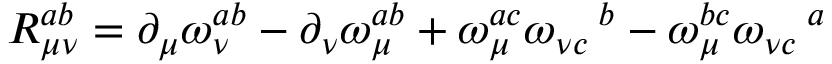
R _ { \mu \nu } ^ { a b } = \partial _ { \mu } \omega _ { \nu } ^ { a b } - \partial _ { \nu } \omega _ { \mu } ^ { a b } + \omega _ { \mu } ^ { a c } \omega _ { \nu c } \, ^ { b } - \omega _ { \mu } ^ { b c } \omega _ { \nu c } \, ^ { a }